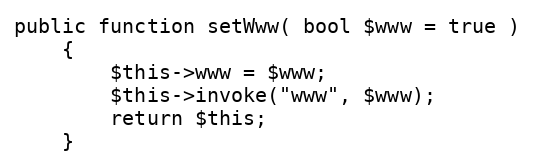
Language: PHP
public function setWww( bool $www = true )
	{
		$this->www = $www;
		$this->invoke("www", $www);
		return $this;
	}